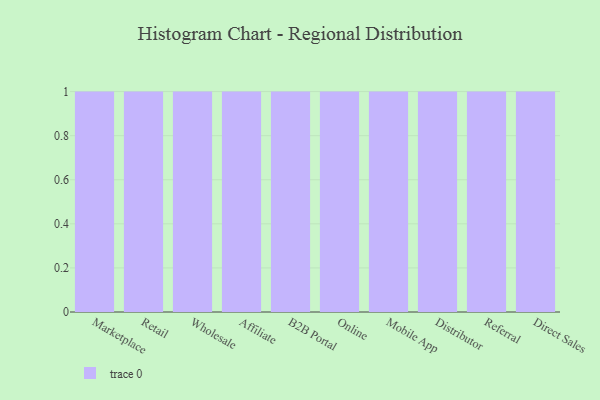
{"axis": {"x": "Channel", "y": "Conversion Rate (%)"}, "legend": [""], "data": [{"x": "Marketplace", "y": 76, "type": ""}, {"x": "Retail", "y": 32, "type": ""}, {"x": "Wholesale", "y": 72, "type": ""}, {"x": "Affiliate", "y": 63, "type": ""}, {"x": "B2B Portal", "y": 26, "type": ""}, {"x": "Online", "y": 27, "type": ""}, {"x": "Mobile App", "y": 83, "type": ""}, {"x": "Distributor", "y": 4, "type": ""}, {"x": "Referral", "y": 52, "type": ""}, {"x": "Direct Sales", "y": 1, "type": ""}]}